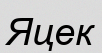
Яцек